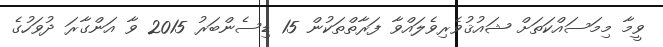
ވީމާ މިމަސައްކަތަށް ޝައުޤުވެރިވެލައްވާ ފަރާތްތަކުން 15 ޑިސެންބަރު 2015 ވާ އަންގާރަ ދުވަހުގެ